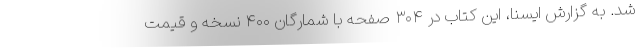
شد. به گزارش ایسنا، این کتاب در ۳۰۴ صفحه با شمارگان ۴۰۰ نسخه و قیمت